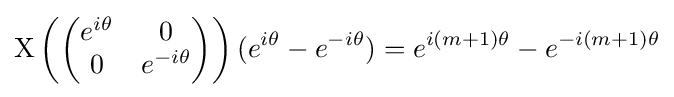
\mathrm {X} \left({\begin{pmatrix}e^{i\theta }&0\\0&e^{-i\theta }\end{pmatrix}}\right)(e^{i\theta }-e^{-i\theta })=e^{i(m+1)\theta }-e^{-i(m+1)\theta }